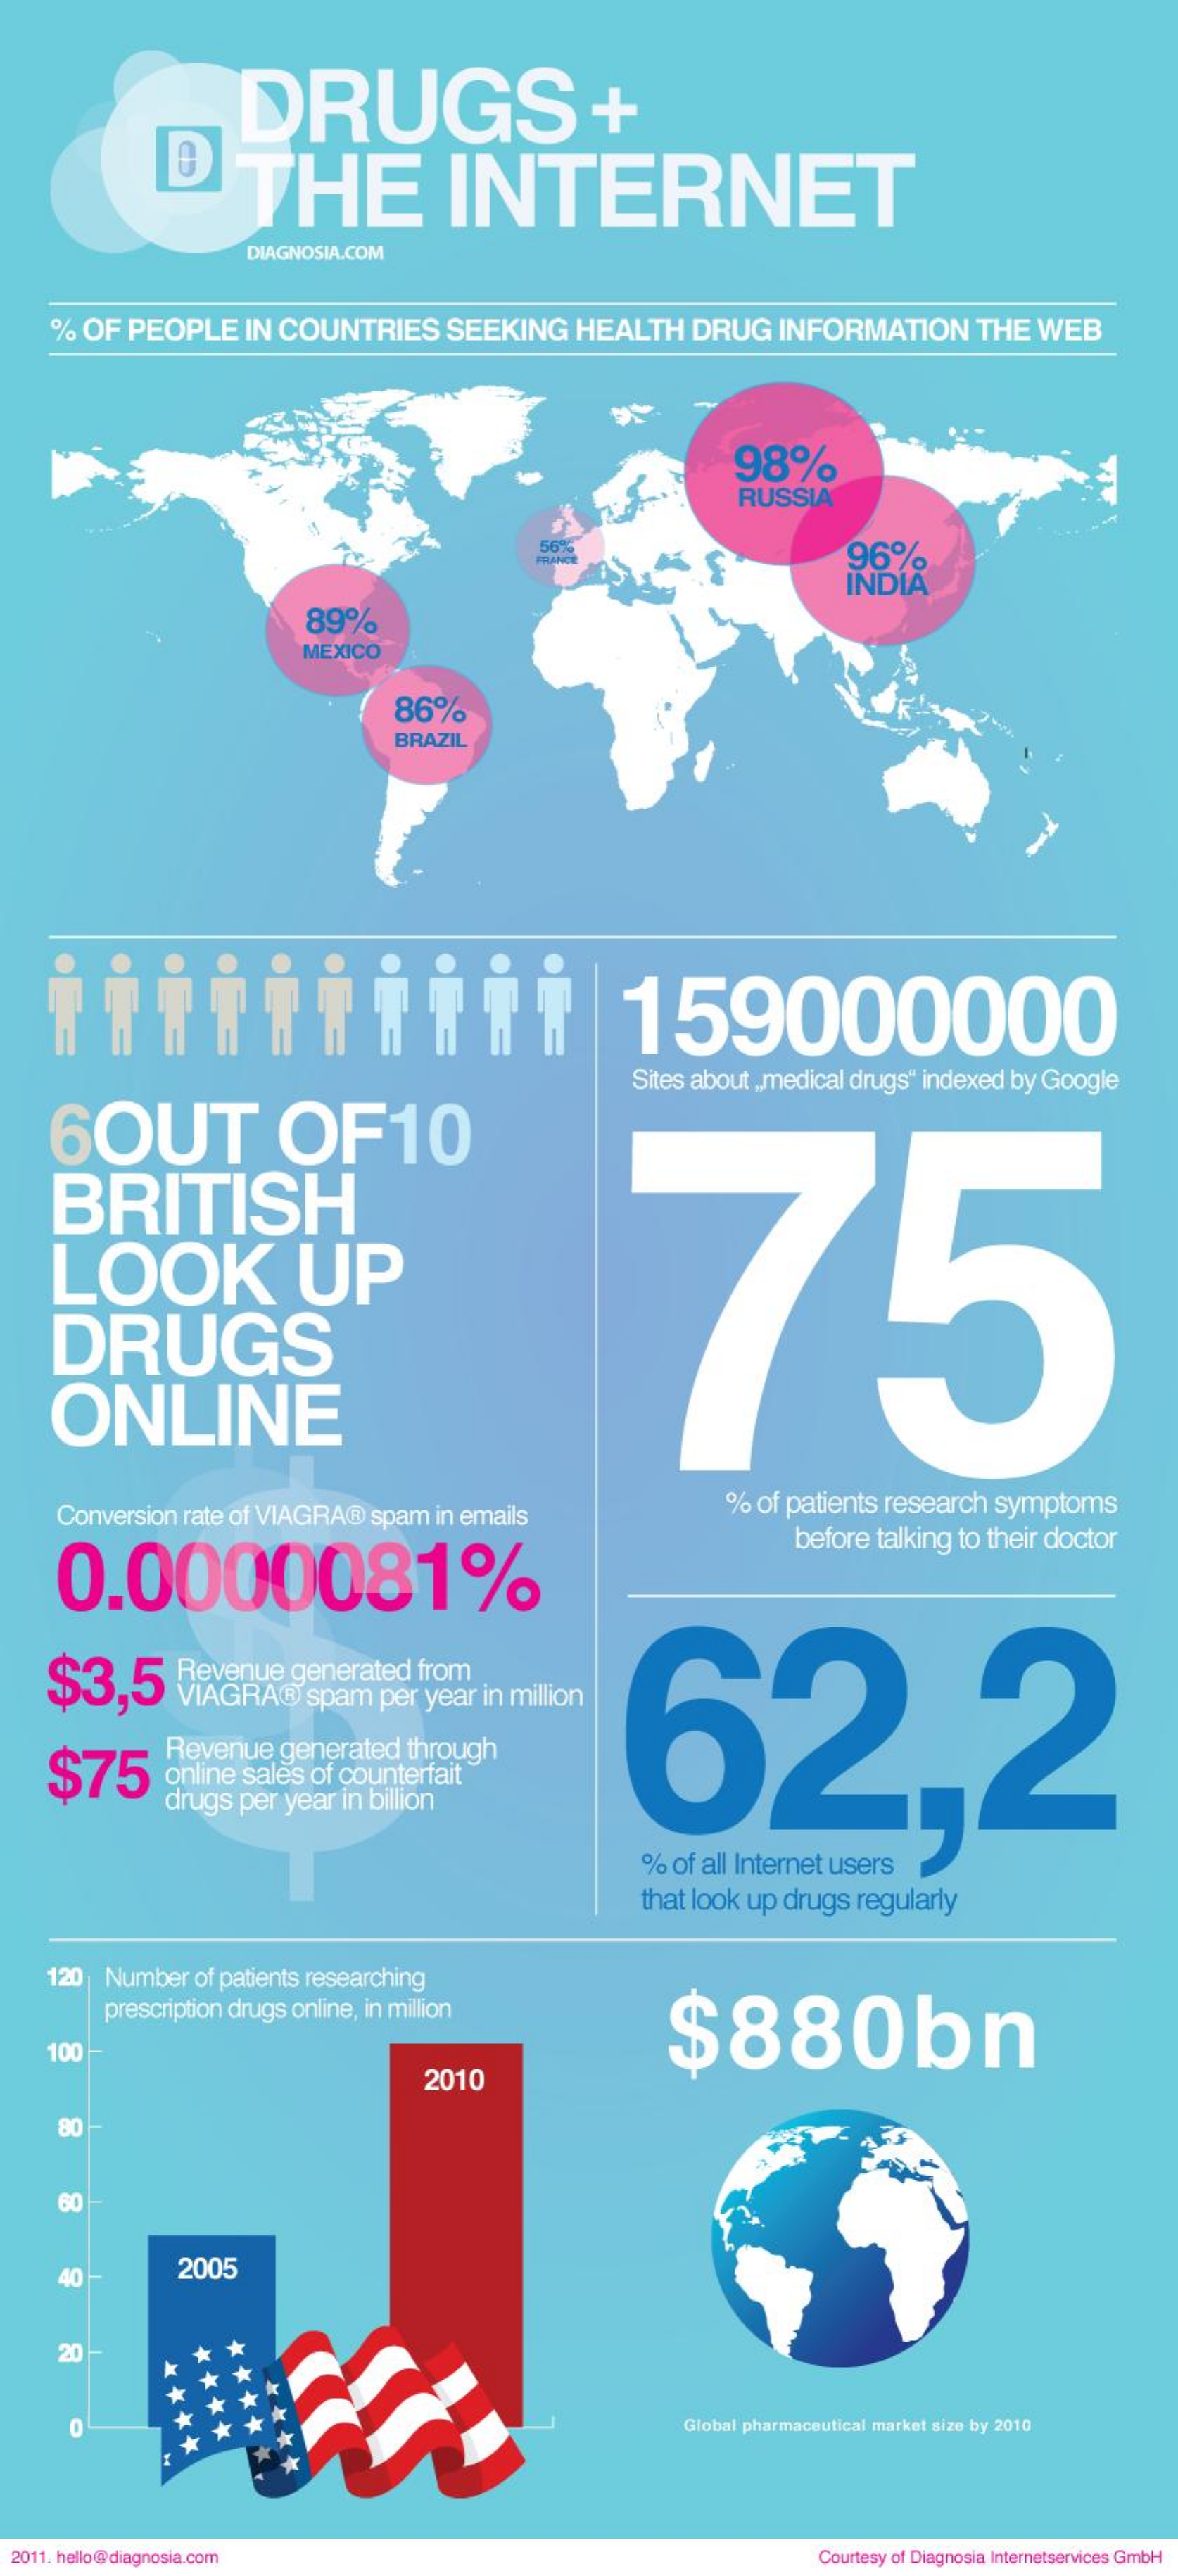
DRUGS    +
     THE    INTERNET
     DIAGNOSIA.COM
    % OF PEOPLE IN COUNTRIES SEEKING HEALTH DRUG INFORMATION THE WEB
     98%    VIV
     RUSSIA
     56%
     96%
     INDIA
     89%
     MEXICO
     86%
     BRAZIL
     159000000
     Sites about „ medical drugs “ indexed by Google
   6OUT    OF10
   BRITISH
     75 LOOK UP
   DRUGS
   ONLINE
   Conversion rate of VIAGRA® spam in emails % of patients research symptoms
    0.0000081%
     before talking to their doctor
   $3,5   Revenue generated from
     62,2
     VIAGRA® spam per year in million
     Revenue generated through
   $75   online sales of counterfait
     drugs per year in billion
     % of all Internet users
     that look up drugs regularly
   120 Number of patients researching
     prescription drugs online, in million
     $880bn
   100
     2010
    80
    60
    40
     2005
    20
     Global pharmaceutical market size by 2010
     *
     *
  2011. hello@diagnosia.com    Courtesy of Diagnosia Internetservices GmbH